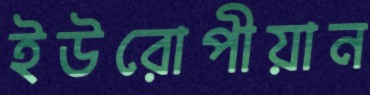
ইউরোপীয়ান